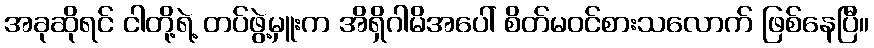
အခုဆိုရင် ငါတို့ရဲ့ တပ်ဖွဲ့မှူးက အိရှိဂါမိအပေါ် စိတ်မဝင်စားသလောက် ဖြစ်နေပြီ။